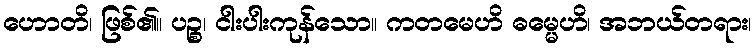
ဟောတိ၊ ဖြစ်၏။ ပဉ္စ၊ ငါးပါးကုန်သော။ ကတမေဟိ ဓမ္မေဟိ၊ အဘယ်တရား၊